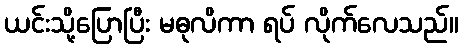
ယင်းသို့ပြောပြီး မဓုလိကာ ရပ် လိုက်လေသည်။